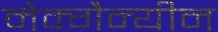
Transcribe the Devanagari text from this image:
मेक्गैन्यीन